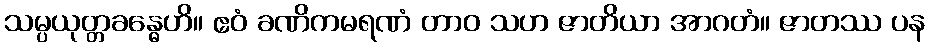
သမ္ပယုတ္တခန္ဓေဟိ။ ဧဝံ ခဏိကမရဏံ တာဝ သဟ ဇာတိယာ အာဂတံ။ ဇာတဿ ပန